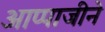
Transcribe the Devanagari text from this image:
आप्पाजीने